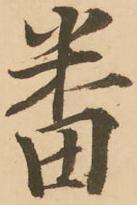
番